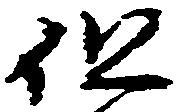
但